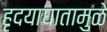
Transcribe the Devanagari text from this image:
हृदयाघातामुळे